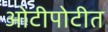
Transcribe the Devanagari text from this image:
ओटीपोटीत